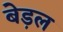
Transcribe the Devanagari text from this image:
बेड़ल